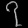
Digit: ၇